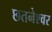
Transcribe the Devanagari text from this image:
छतनेश्वर